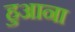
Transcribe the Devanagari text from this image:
हुआना